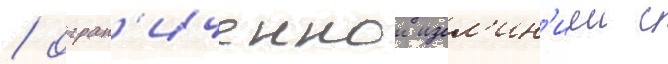
/ огран'иченнои изол'ин'иеи с